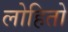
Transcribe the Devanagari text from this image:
लोहितो